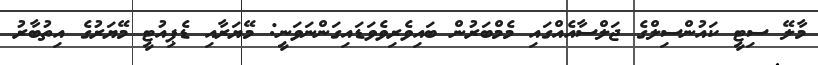
މާލޭ ސިޓީ ކައުންސިލްގެ ޖަލްސާއެއްގައި މެމްބަރުން ބައިވެރިވެވަޑައިގަންނަވަނީ: މޭޔަރާއި ޑެޕިއުޓީ މޭޔަރުގެ އިތުބާރު